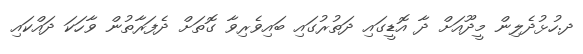
ދ.ހުޅުދެލިން މީދޫއަށް ދާ އޮޑީގައި ދަތުރުގައި ބައިވެރިވާ ގޮތަށް ދެފަރާތުން ވާހަކަ ދައްކައި